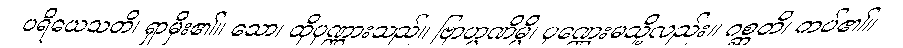
ပရိယေသတိ၊ ရှာမှီး၏။ သော၊ ထိုပုဏ္ဏားသည်။ ဗြာဟ္မဏိမ္ပိ၊ ပုဏ္ဏေးမသို့လည်း။ ဂစ္ဆတိ၊ ကပ်၏။